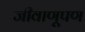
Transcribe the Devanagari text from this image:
जीवाणूपण